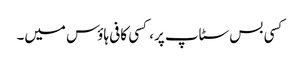
کسی بس سٹاپ پر، کسی کافی ہاؤس میں۔